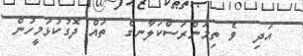
އަދި  ވެ ތިމަންރަސްކަލާނގެ  ތައް ދޮގުކުޅަމީހުން